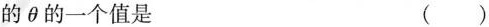
的\theta 的一个值是 ()